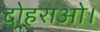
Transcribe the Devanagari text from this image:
दोहराओ।